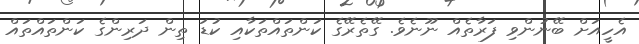
އެހީއަށް ބޭނުންވި ފަރާތެއް ނޫނެވެ. ގޭތެރޭގެ ކަންތައްތަކާއި ކުޑަ ތިން ދަރިންގެ ކަންތައްތައް